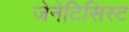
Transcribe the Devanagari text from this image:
जेनेटिसिस्ट